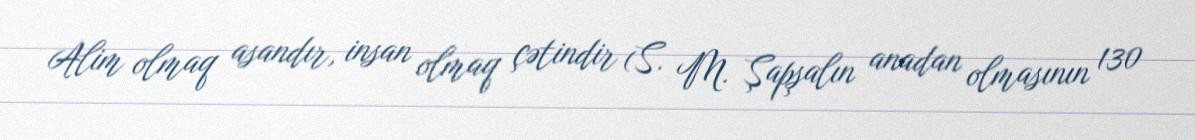
Alim olmaq asandır, insan olmaq çətindir (S. M. Şapşalın anadan olmasının 130